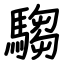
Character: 騶